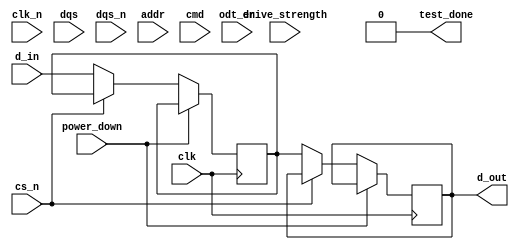
module lpddr_io_block (
    input wire clk,           // Differential clock input (CK)
    input wire clk_n,         // Differential clock input (CK#)
    input wire [31:0] d_in,   // Bidirectional data input (DQs)
    output wire [31:0] d_out,  // Bidirectional data output (DQs)
    input wire dqs,           // Data Strobe input
    input wire dqs_n,         // Data Strobe input inverted
    input wire cs_n,          // Chip Select
    input wire [7:0] addr,    // Address input
    input wire [2:0] cmd,     // Command input
    input wire odt_en,        // On-Die Termination enable
    input wire [1:0] drive_strength, // Drive strength control
    input wire power_down,     // Power down signal
    output wire test_done      // Test completion indicator
);

    // Internal signals
    reg [31:0] data_buffer;   // Buffer for data
    reg [31:0] dqs_delayed;   // Delayed DQS signal
    reg odt_enabled;          // ODT status
    reg [7:0] power_state;    // Power state register

    // Drive Strength Configuration
    always @(*) begin
        case (drive_strength)
            2'b00: begin
                // Low drive strength configuration
            end
            2'b01: begin
                // Medium drive strength configuration
            end
            2'b10: begin
                // High drive strength configuration
            end
            default: begin
                // Default drive strength
            end
        endcase
    end

    // On-Die Termination Logic
    always @(posedge clk or negedge cs_n) begin
        if (!cs_n) begin
            odt_enabled <= odt_en;
            // Implement termination logic here
        end
    end

    // Data Transfer Logic
    always @(posedge clk or posedge power_down) begin
        if (power_down) begin
            // Power down logic
        end else begin
            if (!cs_n) begin
                // Read operation
                data_buffer <= d_in;
                d_out <= data_buffer; // Output the data
            end
        end
    end

    // DQS Delay Adjustment Logic
    always @(posedge clk) begin
        dqs_delayed <= dqs; // Simple example; implement actual delay logic
    end

    // Power Management Logic
    always @(posedge clk) begin
        // Implement low power states and isolation here
        if (power_down) begin
            power_state <= 8'b00000001; // Example state for power down
        end else begin
            power_state <= 8'b00000000; // Normal operation
        end
    end

    // Built-in Self-Test (BIST) Logic
    // Simple BIST functionality (expand as needed)
    reg bist_passed;
    initial begin
        bist_passed = 1'b0;
        // BIST routine here
        // Set bist_passed = 1 if tests pass
    end

    assign test_done = bist_passed;

endmodule